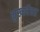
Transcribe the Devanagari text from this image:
मुख्यदैवत